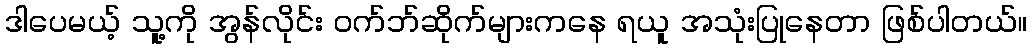
ဒါပေမယ့် သူ့ကို အွန်လိုင်း ဝက်ဘ်ဆိုက်များကနေ ရယူ အသုံးပြုနေတာ ဖြစ်ပါတယ်။